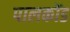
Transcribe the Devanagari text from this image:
पालकोंड